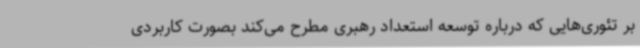
بر تئوری‌هایی که درباره توسعه استعداد رهبری مطرح می‌کند بصورت کاربردی